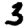
Digit: 3